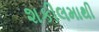
શકીલમાથી